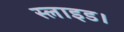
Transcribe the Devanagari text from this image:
स्लाइड।